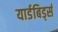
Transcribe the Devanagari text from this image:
यार्डबिर्ड्स